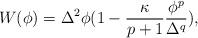
LaTeX: \begin{align*}W(\phi) = \Delta^2 \phi(1-\frac{\kappa}{p+1}\frac{\phi^p}{\Delta^q}),\end{align*}